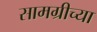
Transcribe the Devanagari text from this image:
सामग्रीच्या